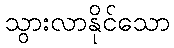
သွားလာနိုင်သော